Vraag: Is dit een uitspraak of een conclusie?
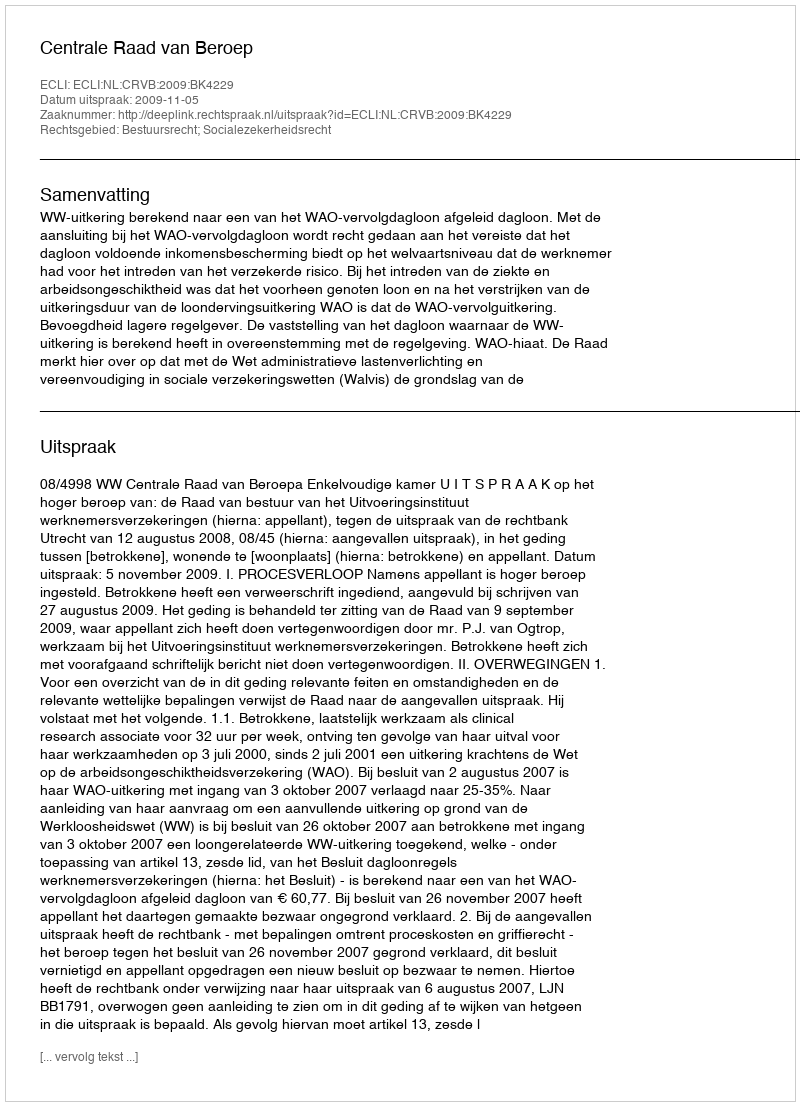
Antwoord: Uitspraak